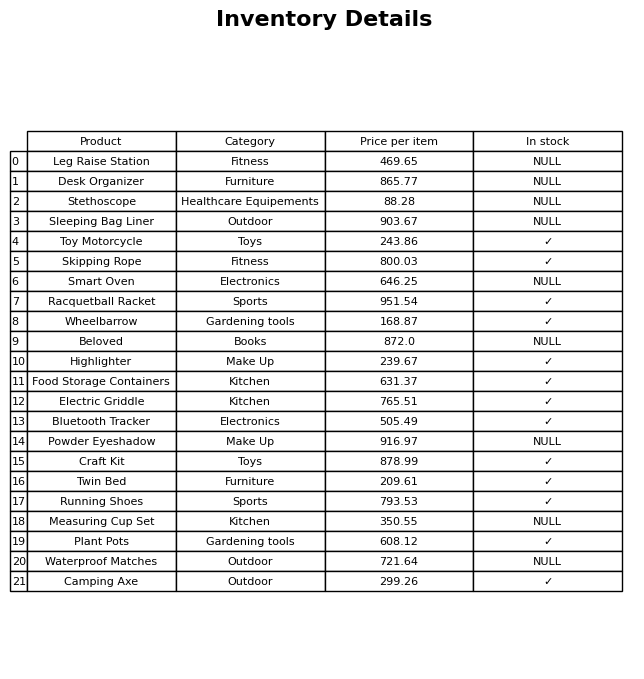
question: What is the price for Desk Organizer?
answer: The price of Desk Organizer is 865.77.